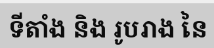
ទីតាំង និង រូបរាង នៃ